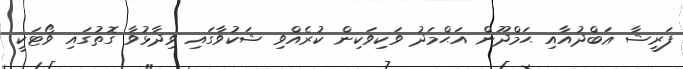
ފަރީޝާ ޢަބްދުއާއި ޙަމްދޫން އަޙްމަދު ވަކިވަކިން ކުރެއްވި ޝަކުވާގައި ވިދާޅުވާ ގޮތުގައި ވޯޓަކީ